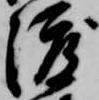
渡